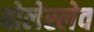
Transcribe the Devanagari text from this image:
बोलेस्लेव